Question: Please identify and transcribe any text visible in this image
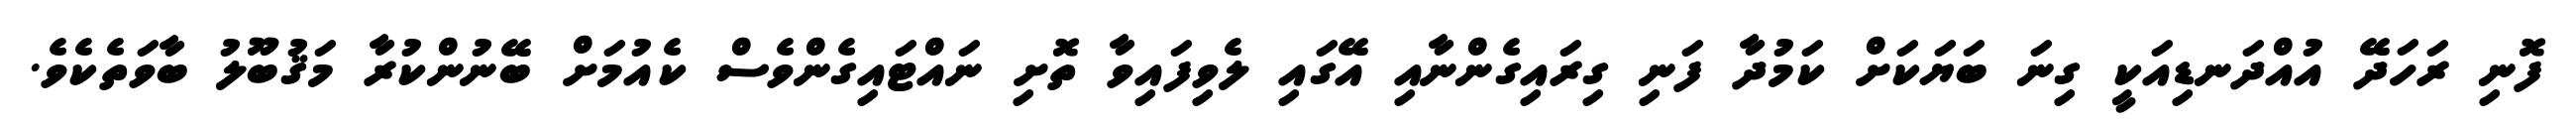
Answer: ފޮނި ރަހަދޭ އުއްދަނޑިއަކީ ގިނަ ބަޔަކަށް ކަމުދާ ފަނި ގިރައިގެންނާއި އޭގައި ލެވިފައިވާ ތޮށި ނައްޓައިގެންވެސް ކެއުމަށް ބޭނުންކުރާ މަޤުބޫލު ބާވަތެކެވެ.